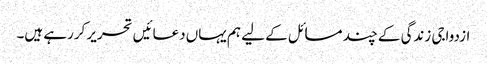
ازدواجی زندگی کے چند مسائل کے لیے ہم یہاں دعائیں تحریر کررہے ہیں۔